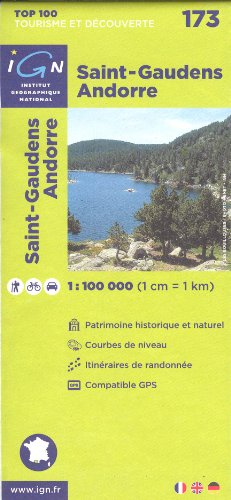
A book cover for Pyrenees - Andorra - St. Gaudens 1:100,000 Touring Map # 173 IGN; IGN; Travel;